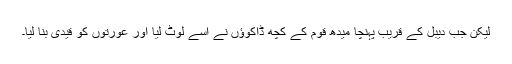
لیکن جب دیبل کے قریب پہنچا میدھ قوم کے کچھ ڈاکوؤں نے اسے لوٹ لیا اور عورتوں کو قیدی بنا لیا۔